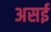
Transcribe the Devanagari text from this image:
असई